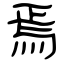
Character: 焉